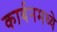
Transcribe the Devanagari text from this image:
कार्बनमध्ये